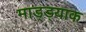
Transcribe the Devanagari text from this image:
माड्ड्याक